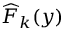
\widehat { F } _ { k } ( y )